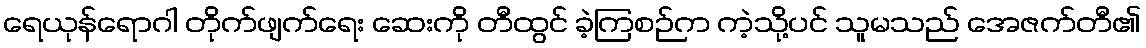
ရေယုန်ရောဂါ တိုက်ဖျက်ရေး ဆေးကို တီထွင် ခဲ့ကြစဉ်က ကဲ့သို့ပင် သူမသည် အေဇက်တီ၏